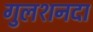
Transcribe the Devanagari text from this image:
गुलशनदा